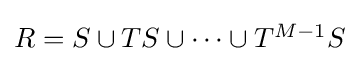
{\textstyle R=S\cup TS\cup \dots \cup T^{M-1}S}